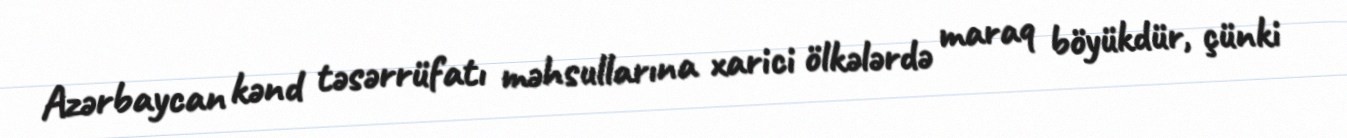
Azərbaycan kənd təsərrüfatı məhsullarına xarici ölkələrdə maraq böyükdür, çünki